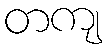
တကျ